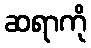
ဆရာကို